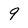
Character: 9